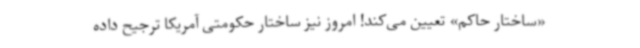
«ساختار حاکم» تعیین می‌کند! امروز نیز ساختار حکومتی آمریکا ترجیح داده